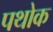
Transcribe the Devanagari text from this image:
पथोक